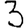
Digit: 3